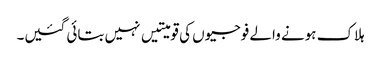
ہلاک ہونے والے فوجیوں کی قومیتیں نہیں بتائی گئیں۔